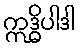
ဣဒ္ဓိပါဒါ